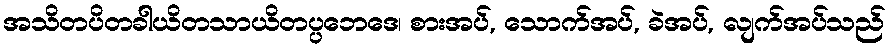
အသိတပိတခါယိတသာယိတပ္ပဘေဒေ၊ စားအပ်, သောက်အပ်, ခဲအပ်, လျက်အပ်သည်